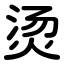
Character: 烫